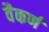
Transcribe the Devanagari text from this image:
वैकर्ण